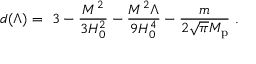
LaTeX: d ( \Lambda ) = \ 3 - { \frac { M ^ { 2 } } { 3 H _ { 0 } ^ { 2 } } } - { \frac { M ^ { 2 } \Lambda } { 9 H _ { 0 } ^ { 4 } } } - { \frac { m } { 2 \sqrt \pi M _ { \mathrm { p } } } } \ .